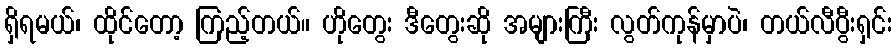
ရှိရမယ်၊ ထိုင်တော့ ကြည့်တယ်။ ဟိုတွေး ဒီတွေးဆို အများကြီး လွတ်ကုန်မှာပဲ၊ တယ်လီပွီးရှင်း